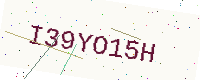
Text: I39YO15H